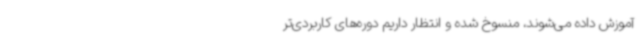
آموزش داده می‌شوند، منسوخ شده و انتظار داریم دوره‌های کاربردی‌تر